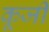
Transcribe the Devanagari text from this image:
कूजी